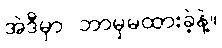
အဲဒီမှာ ဘာမှမထားခဲ့နဲ့။